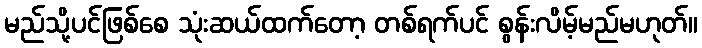
မည်သို့ပင်ဖြစ်စေ သုံးဆယ်ထက်တော့ တစ်ရက်ပင် စွန်းလိမ့်မည်မဟုတ်။